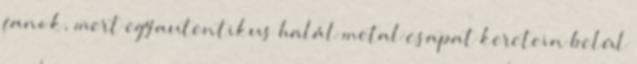
fanok, mert egy autentikus halál metal csapat keretein belül